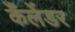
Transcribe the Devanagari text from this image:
कँलेंडर